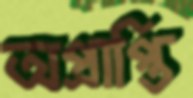
অপ্রাপ্তি